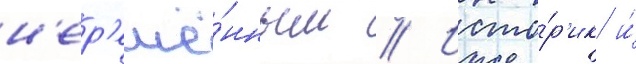
н'ер'ешё́нным // Исто́р'ик и́